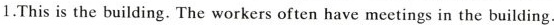
1.This is the building.The workers often have meetings in the building.